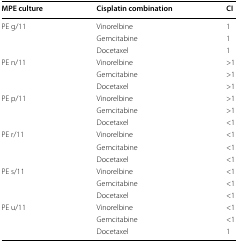
<table><thead><tr><td><b>MPE culture</b></td><td><b>Cisplatin combination</b></td><td><b>CI</b></td></tr></thead><tbody><tr><td rowspan="3">PE g/11</td><td>Vinorelbine</td><td>1</td></tr><tr><td>Gemcitabine</td><td>1</td></tr><tr><td>Docetaxel</td><td>1</td></tr><tr><td rowspan="3">PE n/11</td><td>Vinorelbine</td><td>&gt;1</td></tr><tr><td>Gemcitabine</td><td>&gt;1</td></tr><tr><td>Docetaxel</td><td>&gt;1</td></tr><tr><td rowspan="3">PE p/11</td><td>Vinorelbine</td><td>&gt;1</td></tr><tr><td>Gemcitabine</td><td>&gt;1</td></tr><tr><td>Docetaxel</td><td>&lt;1</td></tr><tr><td rowspan="3">PE r/11</td><td>Vinorelbine</td><td>&lt;1</td></tr><tr><td>Gemcitabine</td><td>&lt;1</td></tr><tr><td>Docetaxel</td><td>&lt;1</td></tr><tr><td rowspan="3">PE s/11</td><td>Vinorelbine</td><td>&lt;1</td></tr><tr><td>Gemcitabine</td><td>&lt;1</td></tr><tr><td>Docetaxel</td><td>&lt;1</td></tr><tr><td rowspan="3">PE u/11</td><td>Vinorelbine</td><td>&lt;1</td></tr><tr><td>Gemcitabine</td><td>&lt;1</td></tr><tr><td>Docetaxel</td><td>1</td></tr></tbody></table>